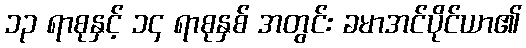
၁၃ ရာစုနှင့် ၁၄ ရာစုနှစ် အတွင်း ခမာအင်ပိုင်ယာ၏